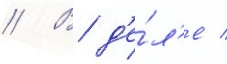
// В д'е́л'е /